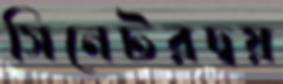
সিনেটরদ্বয়